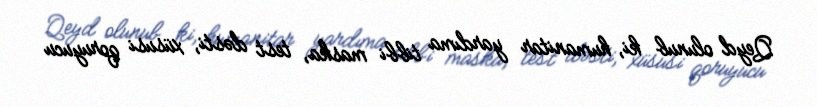
Qeyd olunub ki, humanitar yardıma tibbi maska, test dəsti, xüsusi qoruyucu